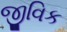
જીવિક